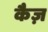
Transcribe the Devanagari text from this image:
कैज़